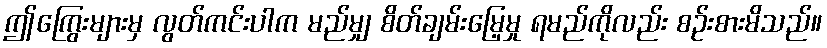
ဤကြွေးများမှ လွတ်ကင်းပါက မည်မျှ စိတ်ချမ်းမြေ့မှု ရမည်ကိုလည်း စဉ်းစားမိသည်။